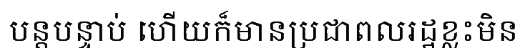
បន្តបន្ទាប់ ហើយក៏មានប្រជាពលរដ្ឋខ្លះមិន